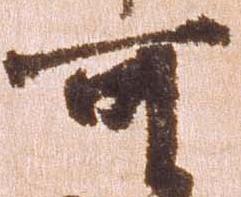
可